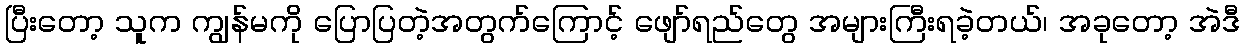
ပြီးတော့ သူက ကျွန်မကို ပြောပြတဲ့အတွက်ကြောင့် ဖျော်ရည်တွေ အများကြီးရခဲ့တယ်၊ အခုတော့ အဲဒီ